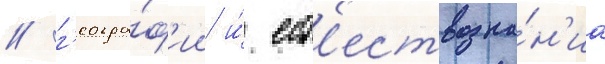
/ г'еогра́ф'ии и́ ест'ествозна́н'иа